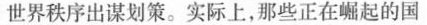
世界秩序出谋划策。实际上，那些正在崛起的